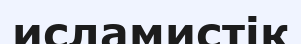
исламистік